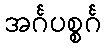
အင်္ဂပစ္စင်္ဂ